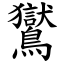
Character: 鸑